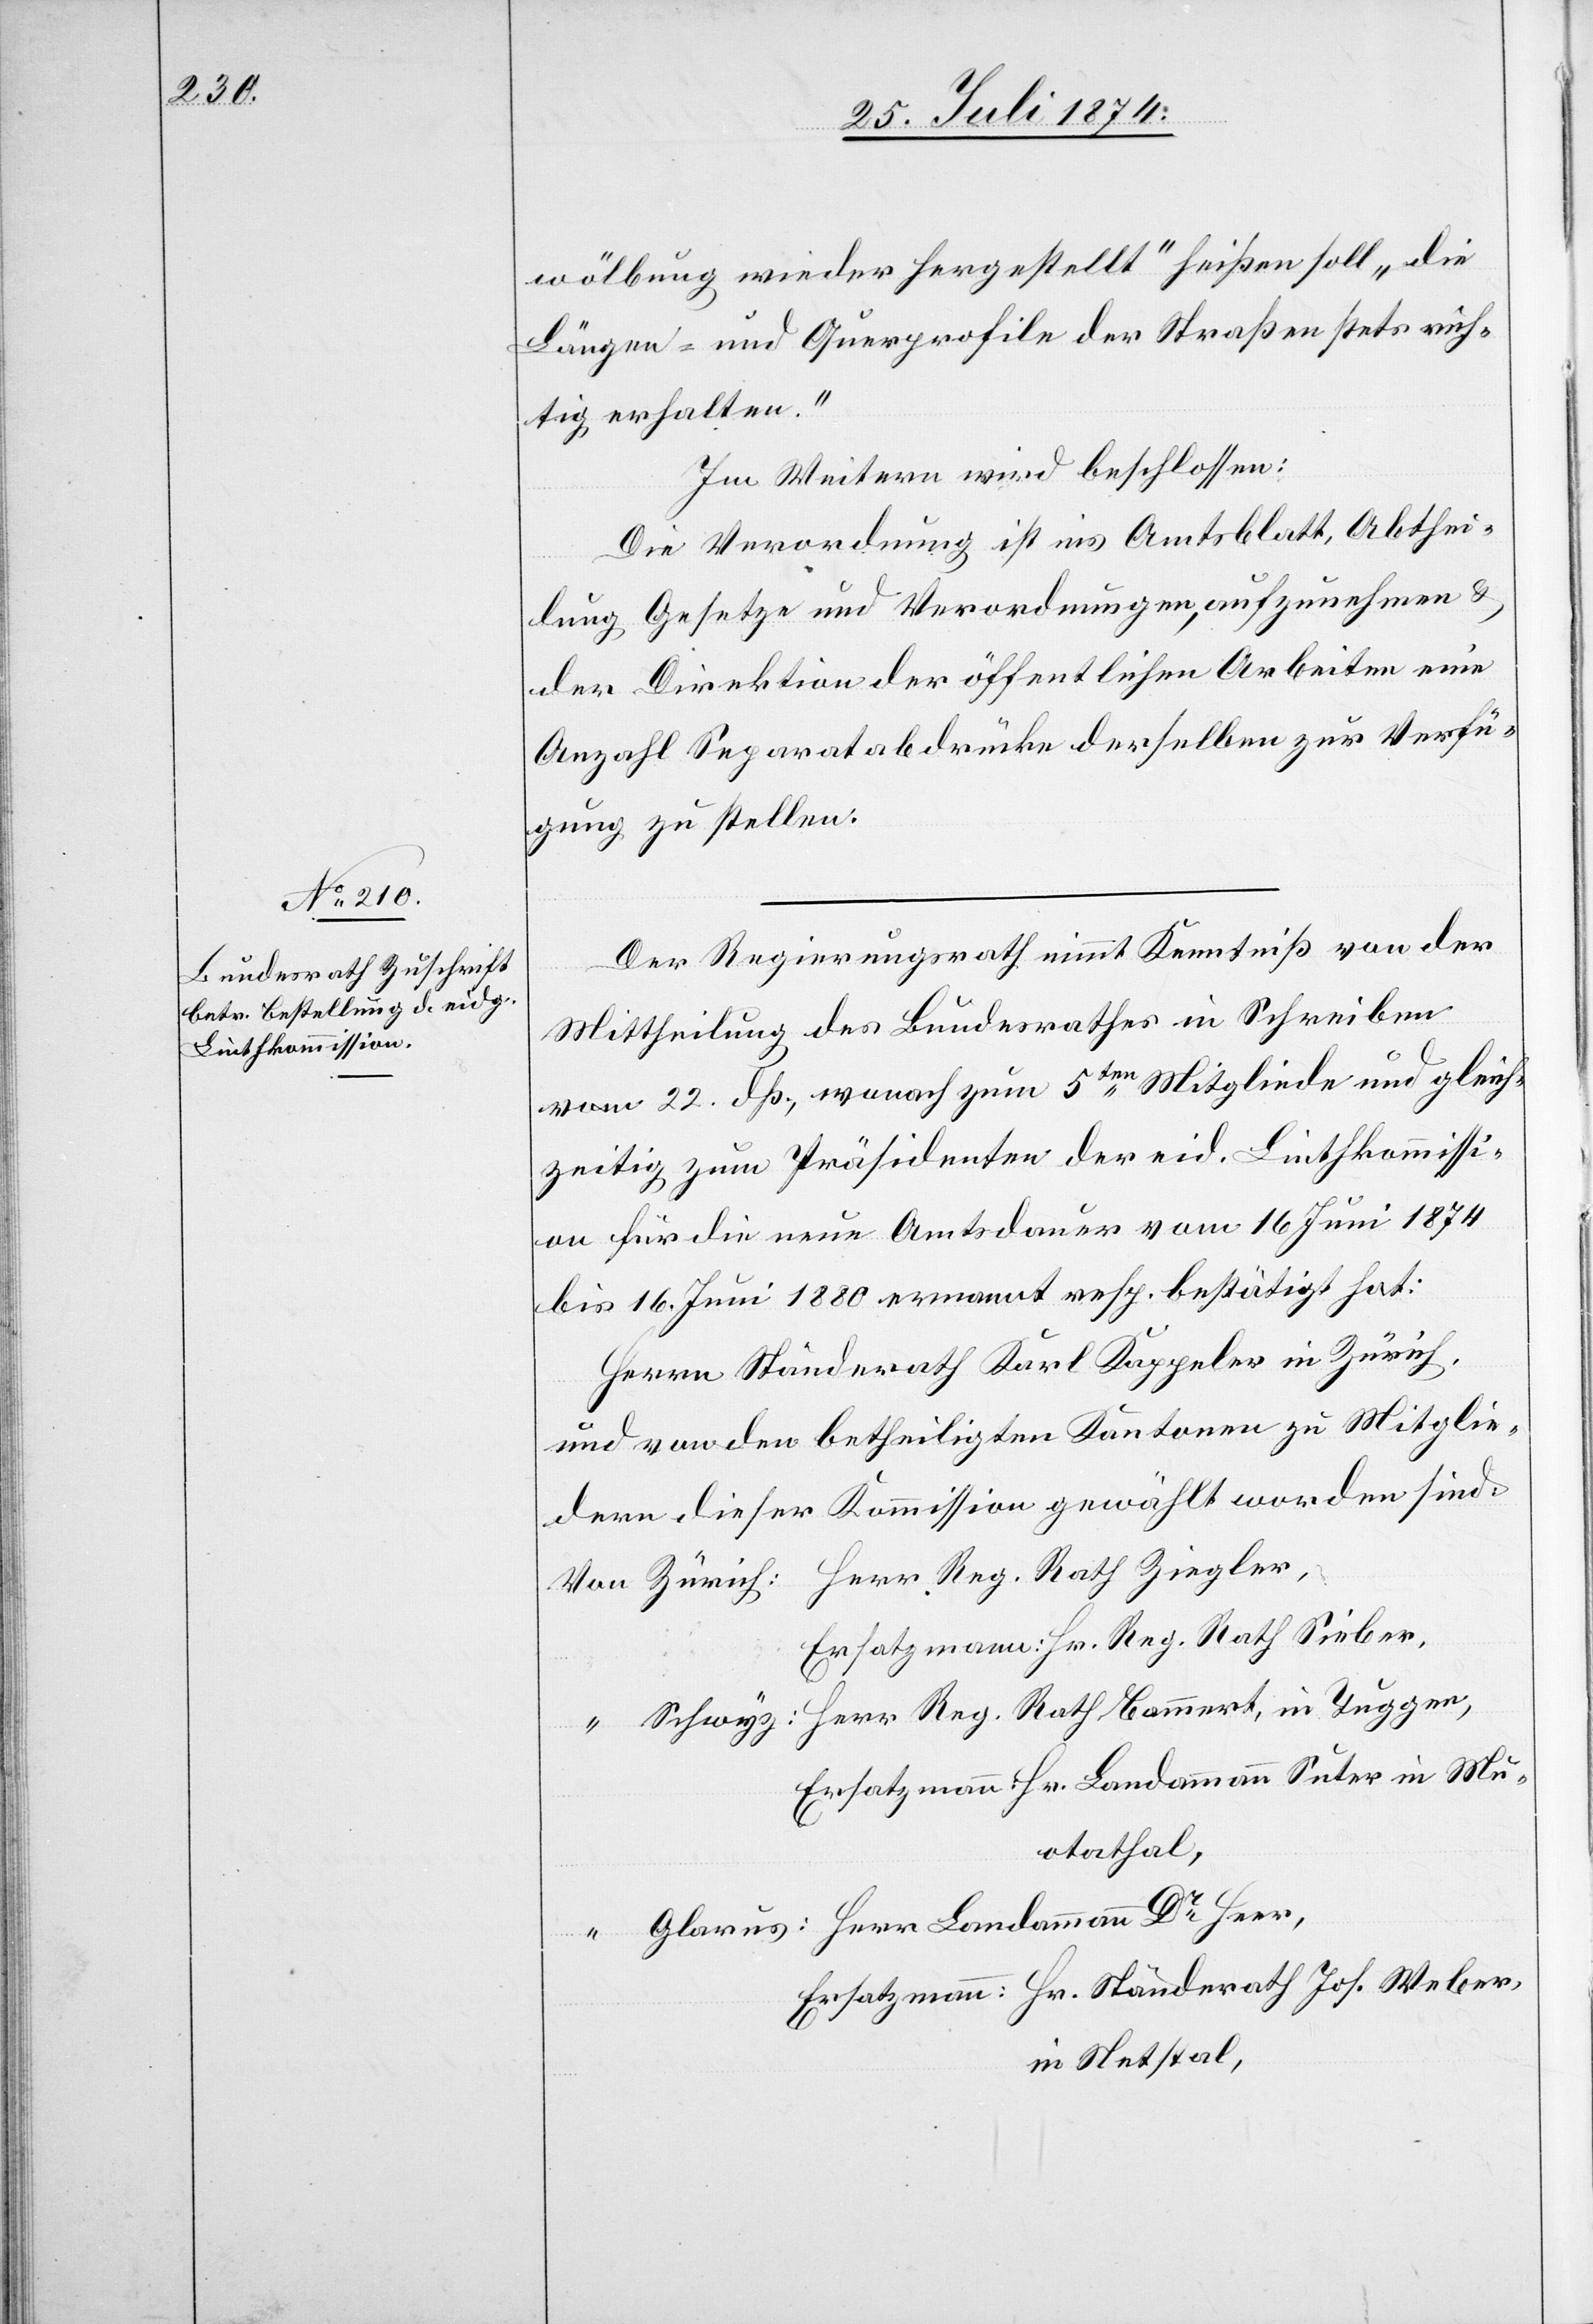
wölbung wider hergestellt“ heißen soll „die
Längen- und Querprofile der Straßen stets rich¬
tig erhalten.“
Im Weitern wird beschlossen:
Die Verordnung ist ins Amtsblatt, Abthei¬
lung Gesetze und Verordnungen, aufzunehmen u.
der Direktion der öffentlichen Arbeiten eine
Anzahl Separatabdrücke derselben zur Verfü¬
gung zu stellen.
Der Regierungsrath nimmt Kenntniß von der
Mittheilung des Bundesrathes in Schreiben
vom 22. dß., wonach zum 5ten Mitgliede und gleich¬
zeitig zum Präsidenten der eid. Linthkommissi¬
on für die neue Amtsdauer vom 16. Juni 1874
bis 16. Juni 1880 ernannt resp. bestätigt hat:
Herrn Ständerath Karl Kappeler in Zürich,
und von den betheiligten Kantonen zu Mitglie¬
dern dieser Kommission gewählt worden sind:
Von Zürich: Herr Reg. Rath Ziegler,
Ersatzmann: Hr. Reg. Rath Sieber.
“ Schwyz: Herr Reg. Rath Bammert, in Tuggen,
Ersatzmann: Hr. Landammann Suter in Mu¬
otathal,
“ Glarus: Herr Landamman Dr Heer,
Ersatzmann: Hr. Ständerath Jos. Weber,
in Netstal,